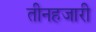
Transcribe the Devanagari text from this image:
तीनहजारी